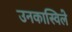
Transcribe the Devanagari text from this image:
उनकास्विले